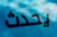
يحدث